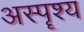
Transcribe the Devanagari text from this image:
अस्पॄश्य